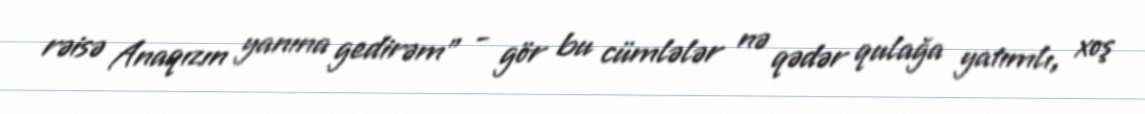
rəisə Anaqızın yanına gedirəm” - gör bu cümlələr nə qədər qulağa yatımlı, xoş